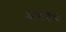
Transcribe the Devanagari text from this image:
ओतोमींची